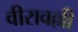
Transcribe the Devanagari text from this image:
वीरावल्ली